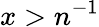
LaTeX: x>n^{-1}